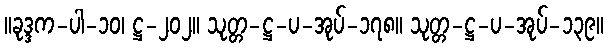
။ခုဒ္ဒက-ပါ-၁၀၊ ဋ္ဌ-၂၀၂။ သုတ္တ-ဋ္ဌ-ပ-အုပ်-၁၇၈။ သုတ္တ-ဋ္ဌ-ပ-အုပ်-၁၃၉။